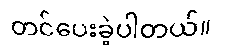
တင်ပေးခဲ့ပါတယ်။